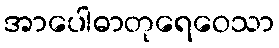
အာပေါဓာတုရေဝေသာ